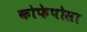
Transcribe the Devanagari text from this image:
कोफेपोसा